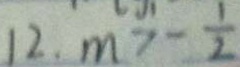
1 2 . m > - \frac { 1 } { 2 }